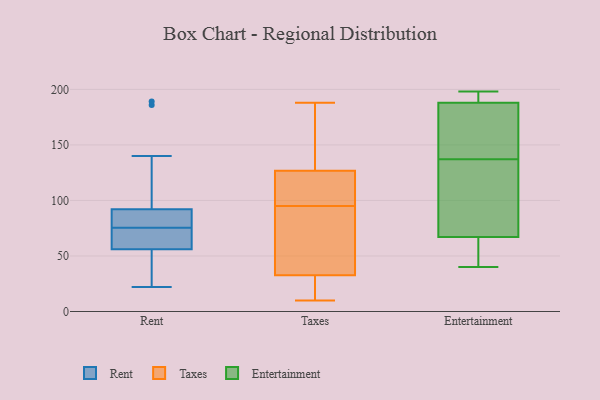
{"axis": {"x": "Page Views", "y": "Value"}, "legend": ["Entertainment", "Rent", "Taxes"], "data": [{"x": "", "y": 186, "type": "Rent"}, {"x": "", "y": 189, "type": "Rent"}, {"x": "", "y": 140, "type": "Rent"}, {"x": "", "y": 22, "type": "Rent"}, {"x": "", "y": 70, "type": "Rent"}, {"x": "", "y": 40, "type": "Rent"}, {"x": "", "y": 75, "type": "Rent"}, {"x": "", "y": 82, "type": "Rent"}, {"x": "", "y": 82, "type": "Rent"}, {"x": "", "y": 29, "type": "Rent"}, {"x": "", "y": 71, "type": "Rent"}, {"x": "", "y": 56, "type": "Rent"}, {"x": "", "y": 73, "type": "Rent"}, {"x": "", "y": 133, "type": "Rent"}, {"x": "", "y": 84, "type": "Rent"}, {"x": "", "y": 24, "type": "Rent"}, {"x": "", "y": 92, "type": "Rent"}, {"x": "", "y": 76, "type": "Rent"}, {"x": "", "y": 26, "type": "Taxes"}, {"x": "", "y": 95, "type": "Taxes"}, {"x": "", "y": 63, "type": "Taxes"}, {"x": "", "y": 99, "type": "Taxes"}, {"x": "", "y": 10, "type": "Taxes"}, {"x": "", "y": 43, "type": "Taxes"}, {"x": "", "y": 122, "type": "Taxes"}, {"x": "", "y": 188, "type": "Taxes"}, {"x": "", "y": 178, "type": "Taxes"}, {"x": "", "y": 35, "type": "Taxes"}, {"x": "", "y": 141, "type": "Taxes"}, {"x": "", "y": 114, "type": "Taxes"}, {"x": "", "y": 18, "type": "Taxes"}, {"x": "", "y": 188, "type": "Entertainment"}, {"x": "", "y": 40, "type": "Entertainment"}, {"x": "", "y": 191, "type": "Entertainment"}, {"x": "", "y": 170, "type": "Entertainment"}, {"x": "", "y": 191, "type": "Entertainment"}, {"x": "", "y": 67, "type": "Entertainment"}, {"x": "", "y": 50, "type": "Entertainment"}, {"x": "", "y": 109, "type": "Entertainment"}, {"x": "", "y": 103, "type": "Entertainment"}, {"x": "", "y": 53, "type": "Entertainment"}, {"x": "", "y": 181, "type": "Entertainment"}, {"x": "", "y": 198, "type": "Entertainment"}, {"x": "", "y": 145, "type": "Entertainment"}, {"x": "", "y": 129, "type": "Entertainment"}]}